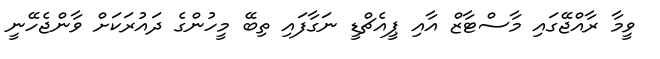
ވީމާ ރާއްޖޭގައި މާސްޓާޒް އާއި ޕީއެޗްޑީ ނަގާފައި ތިބޭ މީހުންގެ ދައުރަކަށް ވާންޖެހޭނީ